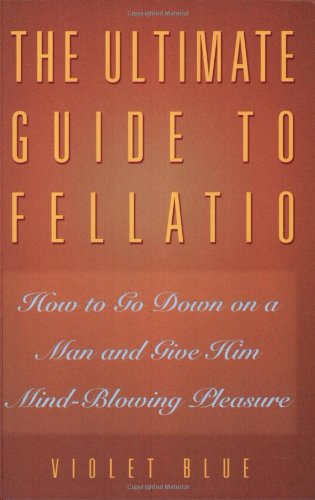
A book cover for The Ultimate Guide to Fellatio: How to Go Down on a Man and Give Him Mind-Blowing Pleasure (Ultimate Guides Series); Violet Blue; Health, Fitness & Dieting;